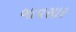
બાવસાર